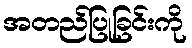
အတည်ပြုခြင်းကို